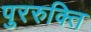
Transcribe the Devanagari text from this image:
पुररुक्ति